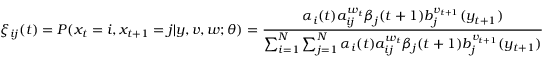
\xi _ { i j } ( t ) = P ( x _ { t } = i , x _ { t + 1 } = j | y , v , w ; \theta ) = { \frac { \alpha _ { i } ( t ) a _ { i j } ^ { w _ { t } } \beta _ { j } ( t + 1 ) b _ { j } ^ { v _ { t + 1 } } ( y _ { t + 1 } ) } { \sum _ { i = 1 } ^ { N } \sum _ { j = 1 } ^ { N } \alpha _ { i } ( t ) a _ { i j } ^ { w _ { t } } \beta _ { j } ( t + 1 ) b _ { j } ^ { v _ { t + 1 } } ( y _ { t + 1 } ) } }